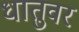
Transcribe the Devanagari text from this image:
धातुवर